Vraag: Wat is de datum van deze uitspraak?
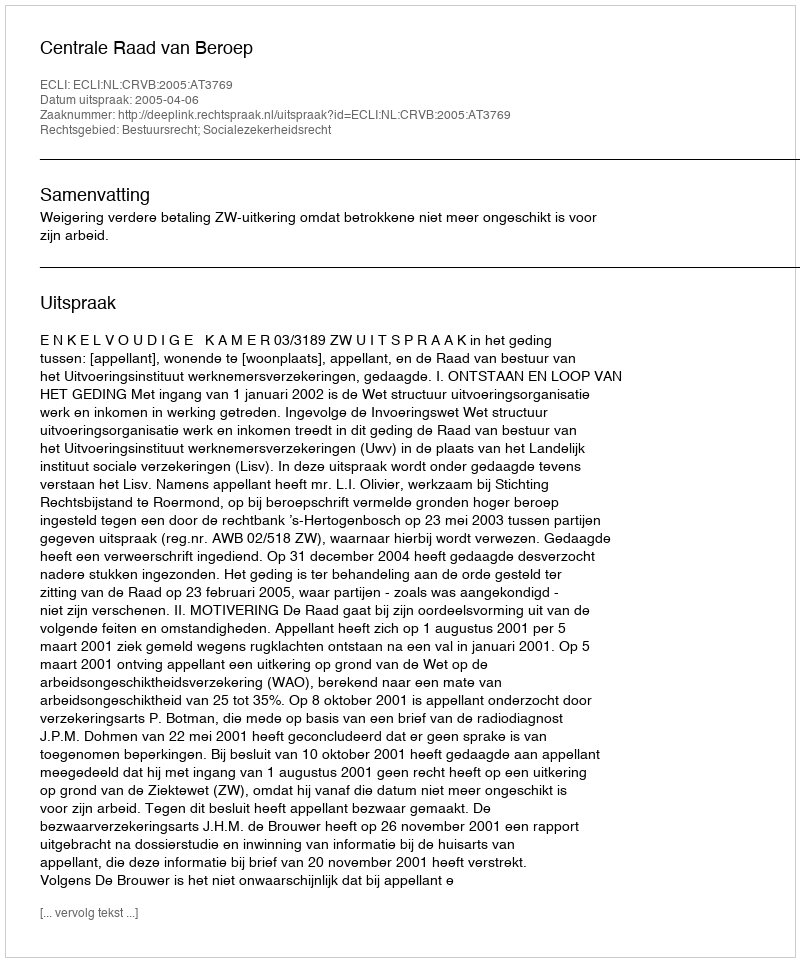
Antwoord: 2005-04-06